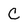
Character: C